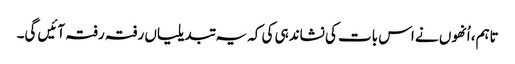
تاہم، اُنھوں نے اس بات کی نشاندہی کی کہ یہ تبدیلیاں رفتہ رفتہ آئیں گی۔